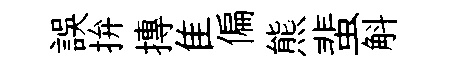
誤拚摶隹偏熊蜚斛